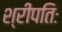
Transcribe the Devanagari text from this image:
श्रीपतिः